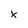
Character: x